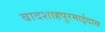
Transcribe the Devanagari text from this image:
बादशाहपुरमाईदास